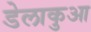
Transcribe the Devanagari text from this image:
डेलाकुआ